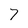
Character: 7